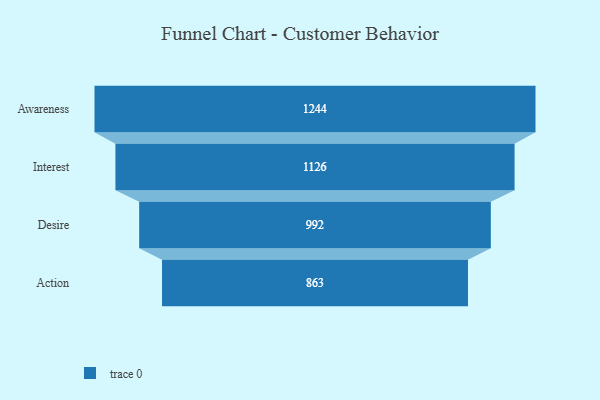
{"axis": {"x": "Stage", "y": "Value"}, "legend": [""], "data": [{"x": "Awareness", "y": 1244.0, "type": ""}, {"x": "Interest", "y": 1126.0, "type": ""}, {"x": "Desire", "y": 992.0, "type": ""}, {"x": "Action", "y": 863.0, "type": ""}]}